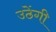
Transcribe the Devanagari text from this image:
उठेंगी